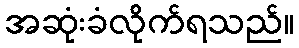
အဆုံးခံလိုက်ရသည်။